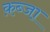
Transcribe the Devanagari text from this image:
क़ब्जा़